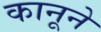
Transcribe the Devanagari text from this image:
कानूने